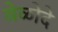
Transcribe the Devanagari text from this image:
वेळोदे